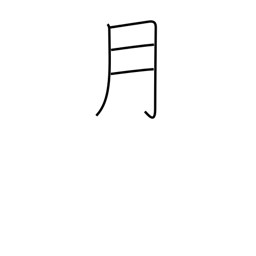
Meaning: month